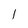
Character: 1